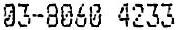
03-8060 4233